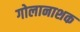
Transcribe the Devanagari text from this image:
गोलानाशक